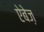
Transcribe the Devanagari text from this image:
ऐबेज़